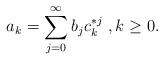
\begin{align*}a_k = \sum_{j=0}^\infty b_j c^{*j}_k\ , k\ge0.\end{align*}